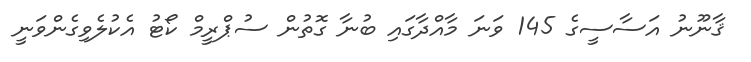
ޤާނޫނު އަސާސީގެ 145 ވަނަ މާއްދާގައި ބުނާ ގޮތުން ސުޕްރީމް ކޯޓު އެކުލެވިގެންވަނީ